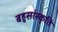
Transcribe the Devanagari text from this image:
बहुसांस्कृति